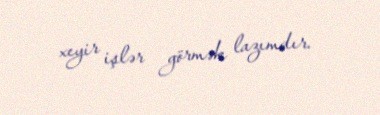
xeyir işlər görmək lazımdır.